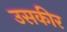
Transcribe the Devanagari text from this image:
उसकीर